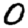
Digit: 0